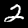
Digit: 2